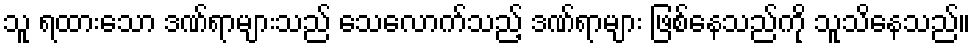
သူ ရထားသော ဒဏ်ရာများသည် သေလောက်သည့် ဒဏ်ရာများ ဖြစ်နေသည်ကို သူသိနေသည်။